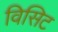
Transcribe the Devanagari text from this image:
विसिट